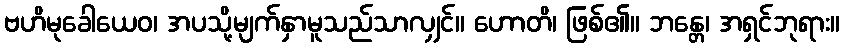
ဗဟိမုခေါယေဝ၊ အပသို့မျက်နှာမူသည်သာလျှင်။ ဟောတိ၊ ဖြစ်၏။ ဘန္တေ၊ အရှင်ဘုရား။